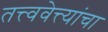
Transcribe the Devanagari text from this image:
तत्त्ववेत्त्यांचा